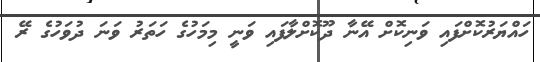
ހައްޔަރުކޮށްފައި ވަނިކޮށް އޭނާ ދޫކޮށްލާފައި ވަނީ މިމަހުގެ ހަތަރު ވަނަ ދުވަހުގެ ރޭ